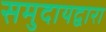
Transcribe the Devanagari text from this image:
समुदायद्वारा